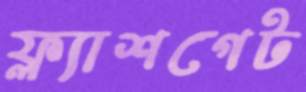
ফ্ল্যাশগেট